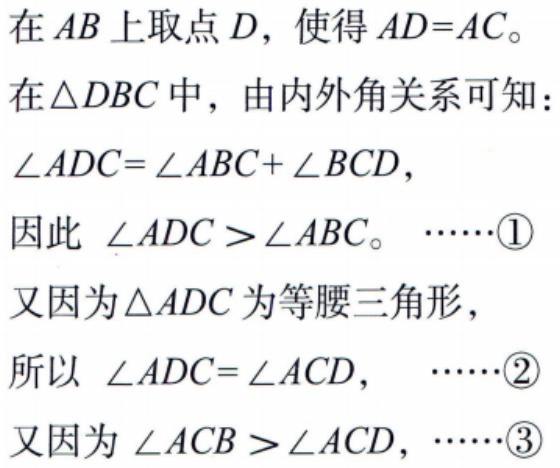
在 \(AB\) 上取点 \(D\)，使得 \(AD = AC\)。

在\(\triangle DBC\)中，由内外角关系可知：

\(\angle ADC=\angle ABC + \angle BCD\)，

因此 \(\angle ADC>\angle ABC\)。 \(\cdots\cdots\)\textcircled{1}

又因为\(\triangle ADC\)为等腰三角形，

所以 \(\angle ADC = \angle ACD\)， \(\cdots\cdots\)\textcircled{2}

又因为 \(\angle ACB>\angle ACD\)，\(\cdots\cdots\)\textcircled{3}